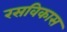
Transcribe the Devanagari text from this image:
रसविकास